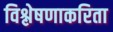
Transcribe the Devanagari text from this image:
विश्लेषणाकरिता